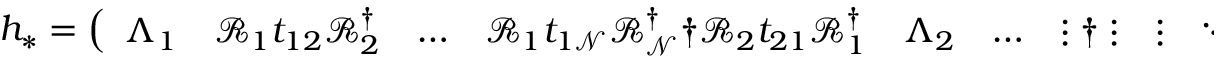
\begin{array} { r } { h _ { * } = \left( \begin{array} { l l l l l l l l l l l l l } { \Lambda _ { 1 } } & { \mathcal { R } _ { 1 } t _ { 1 2 } \mathcal { R } _ { 2 } ^ { \dagger } } & { \dots } & { \mathcal { R } _ { 1 } t _ { 1 \mathcal { N } } \mathcal { R } _ { \mathcal { N } } ^ { \dagger } \dag \mathcal { R } _ { 2 } t _ { 2 1 } \mathcal { R } _ { 1 } ^ { \dagger } } & { \Lambda _ { 2 } } & { \dots } & { \vdots \dag \vdots } & { \vdots } & { \ddots } & { \vdots \dag \mathcal { R } _ { \mathcal { N } 1 } t _ { \mathcal { N } 1 } \mathcal { R } _ { 1 } ^ { \dagger } } & { \dots } & { \dots } & { \Lambda _ { \mathcal { N } } } \end{array} \right) } \end{array}